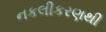
નકલીકરણથી